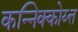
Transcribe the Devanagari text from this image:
कन्निक्कोय्त्त